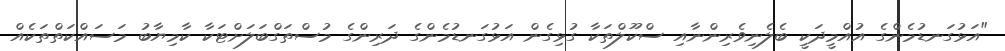
"އަޅުގަނޑުމެންގެ އުއްމީދަކީ ބެލެނިވެރިންނާއި ސްކޫލްތަކާ ގުޅިގެން އަޅުގަނޑުމެންގެ ދަރިންގެ މުސްތަގްބަލަށްޓަކާ ކާމިޔާބު މަސައްކަތްތަކެއް